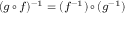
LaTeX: \scriptstyle ( g \, \circ \, f ) ^ { - 1 } \; = \; ( f ^ { - 1 } ) \, \circ \, ( g ^ { - 1 } )